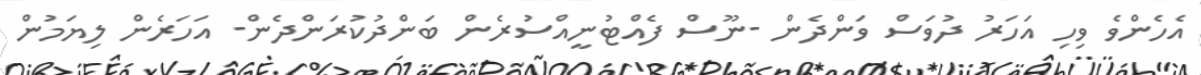
އެހެންވެ ވިހި އަހަރު ދުވަސް ވަންދެން -ނޫސް ފެއްޓުނީއްސުރެން ބަންދުކުރަންދެން- އަހަރެން ލިޔަމުން